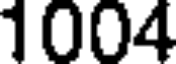
1004